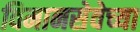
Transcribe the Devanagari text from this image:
विमानसेवेच्या